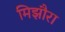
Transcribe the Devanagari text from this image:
मिझौरा